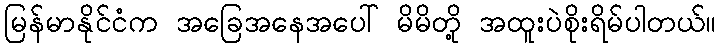
မြန်မာနိုင်ငံက အခြေအနေအပေါ် မိမိတို့ အထူးပဲစိုးရိမ်ပါတယ်။